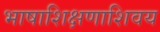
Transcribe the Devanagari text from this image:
भाषाशिक्षणाशिवय